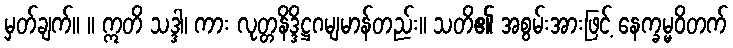
မှတ်ချက်။ ။ ဣတိ သဒ္ဒါ၊ ကား လုတ္တနိဒ္ဒိဋ္ဌဂမျမာန်တည်း။ သတိ၏ အစွမ်းအားဖြင့် နေက္ခမ္မဝိတက်